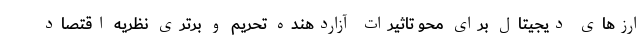
ارز‌های دیجیتال برای محو تاثیرات آزاردهنده تحریم و برتری نظریه اقتصاد